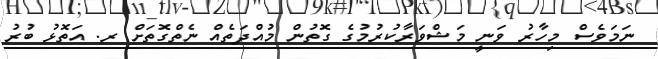
ނަމަވެސް މިހާރު ވަނީ މަޝްވަރާކުރުމުގެ ގޮތުން މުއްދަތެއް ނެތްގޮތަށް ރ. އަތޮޅު ބުރު